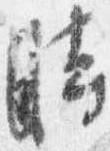
時